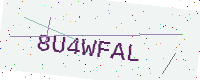
Text: 8U4WFAL